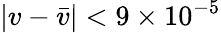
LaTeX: \left|v-{\bar{v}}\right|<9\times 10^{-5}